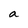
Character: a